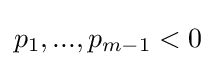
p_{1},...,p_{m-1}<0